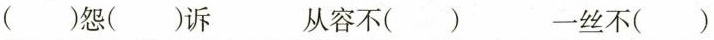
怨()诉 从容不() 一丝不()